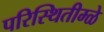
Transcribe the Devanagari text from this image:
परिस्थितीम्ळे